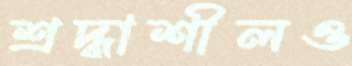
শ্রদ্ধাশীলও